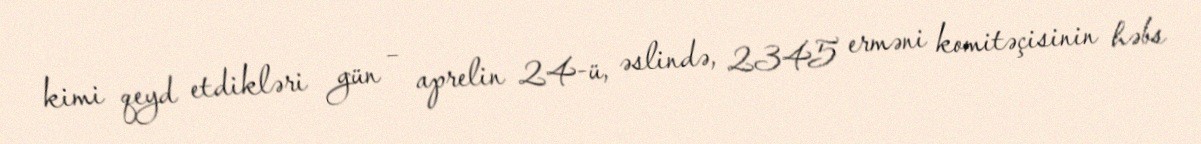
kimi qeyd etdikləri gün – aprelin 24-ü, əslində, 2345 erməni komitəçisinin həbs